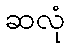
ဆလုံ